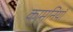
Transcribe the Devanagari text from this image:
कामनियाँ